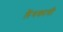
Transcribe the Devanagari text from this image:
लैंगकावी